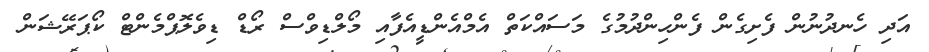
އަދި ހެނދުނުން ފެށިގެން ފެންހިންދުމުގެ މަސައްކަތް އެމްއެންޑީއެފާއި މޯލްޑިވްސް ރޯޑް ޑިވެލޮޕްމެންޓް ކޯޕަރޭޝަން